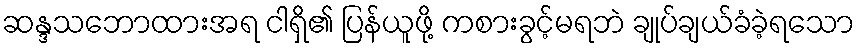
ဆန္ဒသဘောထားအရ ငါရှိ၏ ပြန်ယူဖို့ ကစားခွင့်မရဘဲ ချုပ်ချယ်ခံခဲ့ရသော